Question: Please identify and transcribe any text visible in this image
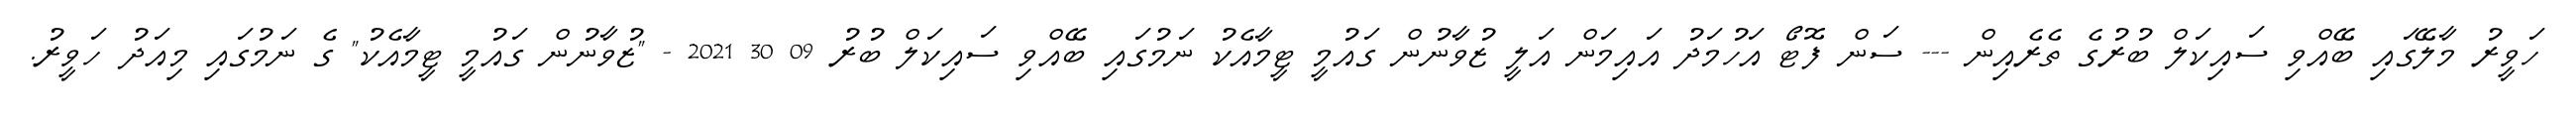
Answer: ހަވީރު މާލޭގައި ބޭއްވި ސައިކަލް ބުރުގެ ތެރެއިން --- ސަން ފޮޓޯ އަހުމަދު އައިމަން އަލީ ޒުވާނުން ގައުމީ ޓީމާއެކު ނަމުގައި ބޭއްވި ސައިކަލް ބުރު 09 30 2021 - "ޒުވާނުން ގައުމީ ޓީމާއެކު" ގެ ނަމުގައި މިއަދު ހަވީރު.